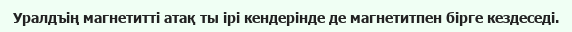
Уралдъің магнетитті атақ ты ірі кендерінде де магнетитпен бірге кездеседі.